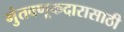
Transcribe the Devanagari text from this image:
गुंतवणूकदारासाठी